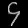
Digit: ၄